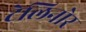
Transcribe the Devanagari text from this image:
टेलिनोर